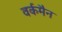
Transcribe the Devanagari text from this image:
वर्कमैन